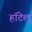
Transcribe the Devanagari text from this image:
हॉटेल्